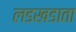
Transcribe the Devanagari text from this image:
लडखडाता